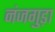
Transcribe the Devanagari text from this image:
नंजगुड़ा